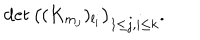
LaTeX: \det \left( ( K _ { m _ { j } } ) _ { l _ { i } } \right) _ { 1 \le j , i \le k } .